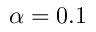
\alpha = 0 . 1